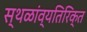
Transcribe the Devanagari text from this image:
स्थळांव्यतिरिक्त